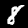
Label: 8